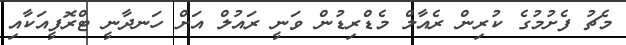
މެޗު ފެށުމުގެ ކުރިން ރެއާލް މެޑްރިޑުން ވަނީ ރައުލް އަށް ހަނދާނީ ޓްރޮފީއަކާއި